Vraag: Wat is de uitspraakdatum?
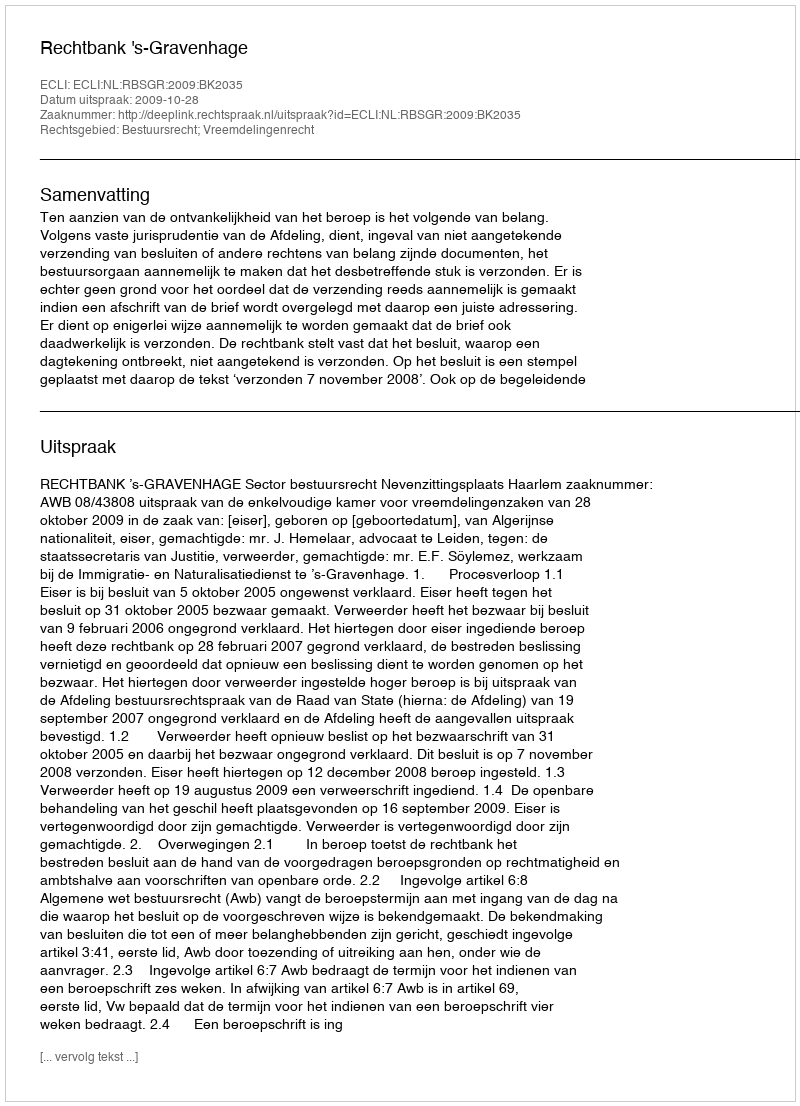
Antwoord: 2009-10-28